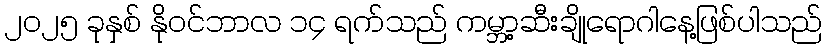
၂၀၂၅ ခုနှစ် နိုဝင်ဘာလ ၁၄ ရက်သည် ကမ္ဘာ့ဆီးချိုရောဂါနေ့ဖြစ်ပါသည်